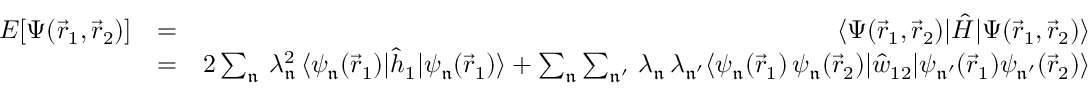
\begin{array} { r l r } { E [ \Psi ( \vec { r } _ { 1 } , \vec { r } _ { 2 } ) ] } & { = } & { \langle \Psi ( \vec { r } _ { 1 } , \vec { r } _ { 2 } ) | \hat { H } | \Psi ( \vec { r } _ { 1 } , \vec { r } _ { 2 } ) \rangle } \\ & { = } & { 2 \sum _ { \mathfrak { n } } \, \lambda _ { \mathfrak { n } } ^ { 2 } \, \langle \psi _ { \mathfrak { n } } ( \vec { r } _ { 1 } ) | \hat { h } _ { 1 } | \psi _ { \mathfrak { n } } ( \vec { r } _ { 1 } ) \rangle + \sum _ { \mathfrak { n } } \sum _ { \mathfrak { n ^ { \prime } } } \, \lambda _ { \mathfrak { n } } \, \lambda _ { \mathfrak { n ^ { \prime } } } \langle \psi _ { \mathfrak { n } } ( \vec { r } _ { 1 } ) \, \psi _ { \mathfrak { n } } ( \vec { r } _ { 2 } ) | \hat { w } _ { 1 2 } | \psi _ { \mathfrak { n ^ { \prime } } } ( \vec { r } _ { 1 } ) \psi _ { \mathfrak { n ^ { \prime } } } ( \vec { r } _ { 2 } ) \rangle } \end{array}